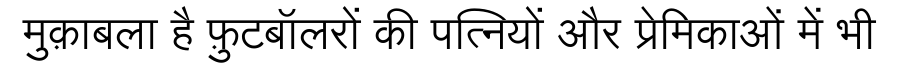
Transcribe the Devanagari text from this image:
मुक़ाबला है फ़ुटबॉलरों की पत्नियों और प्रेमिकाओं में भी